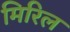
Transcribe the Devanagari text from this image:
मिरिल